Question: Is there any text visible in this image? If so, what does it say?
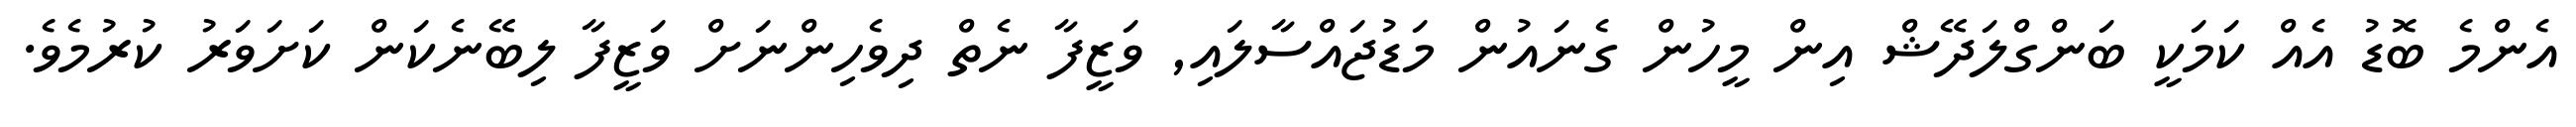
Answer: އެންމެ ބޮޑު އެއް ކަމަކީ ބަންގްލަދޭޝް އިން މީހުން ގެނައުން މަޑުޖައްސާލައި, ވަޒީފާ ނެތް ދިވެހިންނަށް ވަޒީފާ ލިބޭނެކަން ކަށަވަރު ކުރުމެވެ.